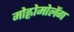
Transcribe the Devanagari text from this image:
मोह्लोमोलेंग